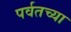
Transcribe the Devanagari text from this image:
पर्वतच्या